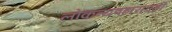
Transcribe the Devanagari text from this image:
लोकव्यवहारातही